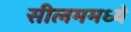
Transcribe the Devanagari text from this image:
सीलममध्ये